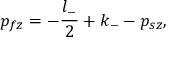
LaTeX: p _ { f z } = - { \frac { l _ { - } } { 2 } } + k _ { - } - p _ { s z } ,